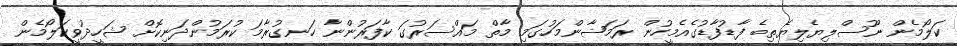
ކަލޯމެން ނޫސްލިޔެލިޔެތިބެ ފާޑުފާޑުގެއެމީހުން ރަމަޟާންމަހުގަމި މާތް މައްސަރުގަ ކާފަރުންނާ ހަނގުރާމަ ކުރަމުންދަނިކޮށް ޝަހީދުވީކަލޯމެން